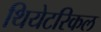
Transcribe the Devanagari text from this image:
थियेटरिकल